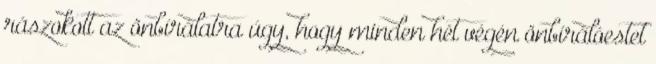
rászokott az önbírálatra úgy, hogy minden hét végén önbírálóestet